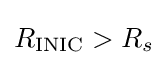
R_{\text{INIC}}>R_{s}